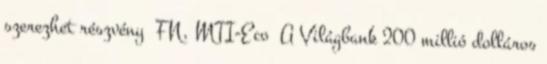
szerezhet részvény FN, MTI-Eco A Világbank 200 millió dolláros